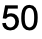
50